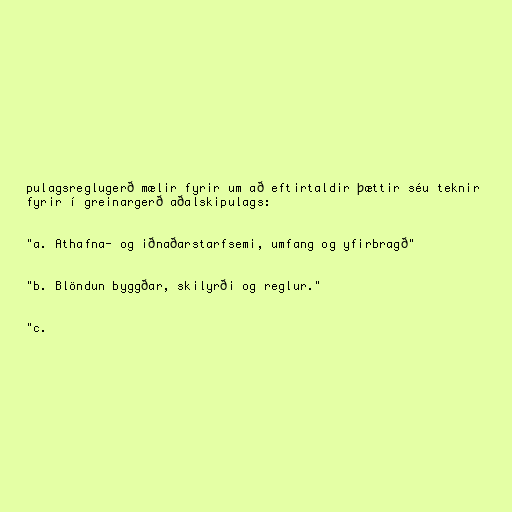
pulagsreglugerð mælir fyrir um að eftirtaldir þættir séu teknir
fyrir í greinargerð aðalskipulags:

"a. Athafna- og iðnaðarstarfsemi, umfang og yfirbragð"

"b. Blöndun byggðar, skilyrði og reglur."

"c.